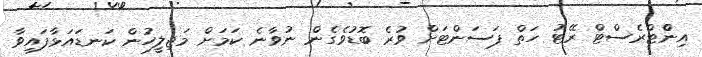
އިންްޓްރެސްޓް ރޭޓު ހަތް ޕަސަންޓަށް ވުރެ ބޮޑުވެގެން ނުވާނެ ކަމަށް މަޖިލީހުން ކަނޑައަޅާފައިވާ